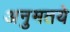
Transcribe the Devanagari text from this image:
अनुमतये